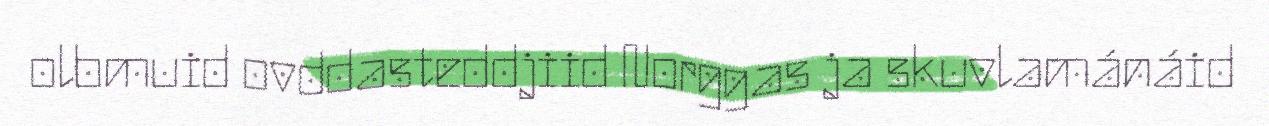
olbmuid ovddasteddjiid Norggas ja skuvlamánáid